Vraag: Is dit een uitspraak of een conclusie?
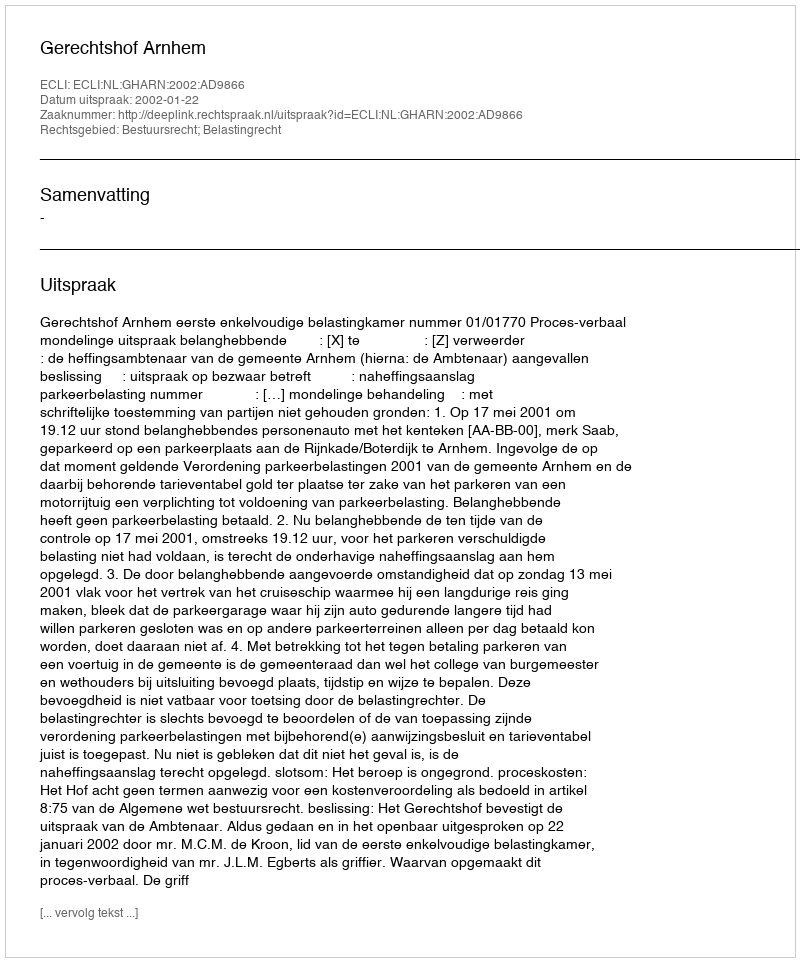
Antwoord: Uitspraak